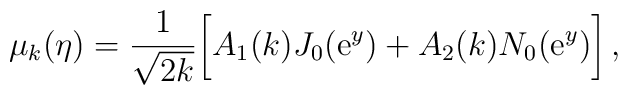
\mu _k(\eta )=\frac{1}{\sqrt{2k}}\biggl[A_1(k)J_0({\rm e}^y)+A_2(k)N_0({\rm e}^y)\biggr]\, ,